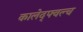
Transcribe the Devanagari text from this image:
कालेद्फ्वल्च